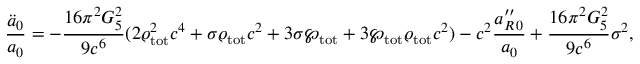
{ \frac { \ddot { a } _ { 0 } } { a _ { 0 } } } = - { \frac { 1 6 \pi ^ { 2 } G _ { 5 } ^ { 2 } } { 9 c ^ { 6 } } } ( 2 \varrho _ { \mathrm { t o t } } ^ { 2 } c ^ { 4 } + \sigma \varrho _ { \mathrm { t o t } } c ^ { 2 } + 3 \sigma \wp _ { \mathrm { t o t } } + 3 \wp _ { \mathrm { t o t } } \varrho _ { \mathrm { t o t } } c ^ { 2 } ) - c ^ { 2 } { \frac { a _ { R \, 0 } ^ { \prime \prime } } { a _ { 0 } } } + { \frac { 1 6 \pi ^ { 2 } G _ { 5 } ^ { 2 } } { 9 c ^ { 6 } } } \sigma ^ { 2 } ,